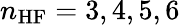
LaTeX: n_{\mathrm{HF}}=3,4,5,6